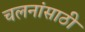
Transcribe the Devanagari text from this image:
चलनांसाठी